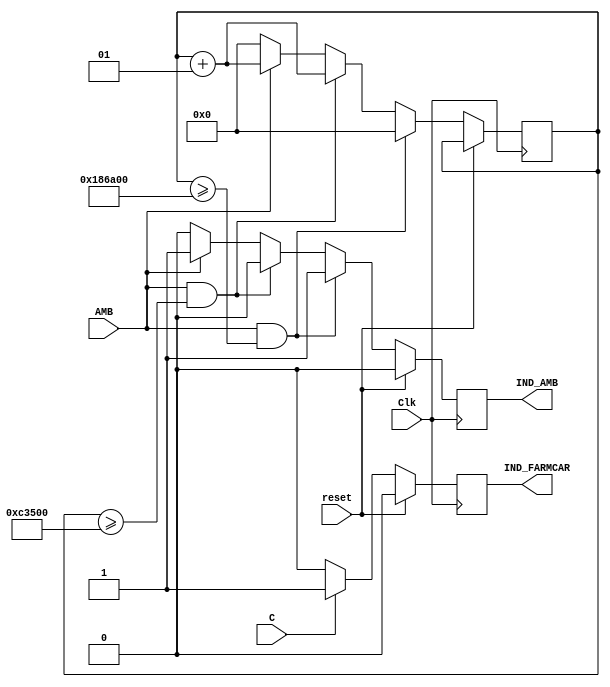
`timescale 1ns / 1ps
//////////////////////////////////////////////////////////////////////////////////
// Company: 
// Engineer: 
// 
// Design Name: 
// Module Name: ind
// Project Name: 
// Target Devices: 
// Tool Versions: 
// Description: 
// 
// Dependencies: 
// 
// Revision:
// Revision 0.01 - File Created
// Additional Comments:
// 
//////////////////////////////////////////////////////////////////////////////////

module ind(IND_FARMCAR,IND_AMB,AMB,C,Clk,reset );
input AMB;
input C;
input Clk;
input reset;

output reg IND_FARMCAR;
output reg IND_AMB;

wire WH,RE;
integer r;

assign WH = (r >= 800000);
assign RE = (r >= 1600000);

always @(posedge Clk) begin
if(reset) begin
IND_FARMCAR <= 0;
IND_AMB <= 0;
end
else begin
if(AMB & RE) begin
IND_AMB <= 1;
r <= 0;
end
else if(AMB & WH) begin
IND_AMB <= 0;
r <= r+1;
end
else if(AMB) begin
IND_AMB <= 1;
r <= r+1;
end
else begin
IND_AMB <= 0;
r <= 0;
end
if(C) IND_FARMCAR <= 1;
else IND_FARMCAR <= 0;
end
end
endmodule